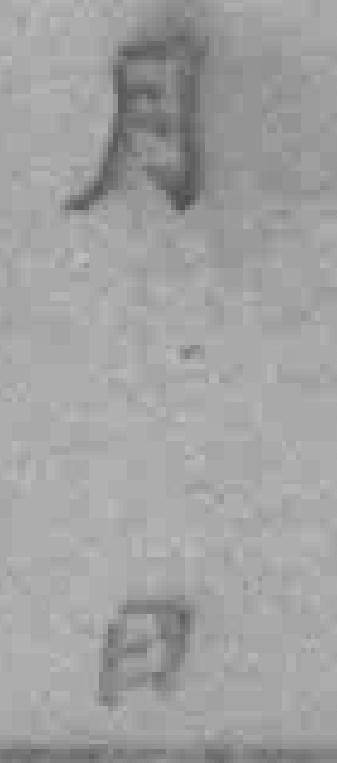
月日